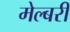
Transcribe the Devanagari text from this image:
मेल्बरी